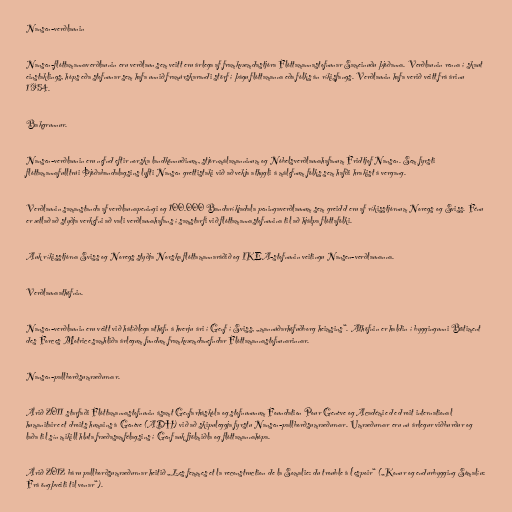
Nansen-verðlaunin

Nansen-flóttamannaverðlaunin eru verðlaun sem veitt eru árlega af framkvæmdastjóra Flóttamannastofnunar Sameinuðu þjóðanna. Verðlaunin renna í skaut
einstaklings, hóps eða stofnunar sem hafa unnið framúrskarandi störf í þágu flóttamanna eða fólks án ríkisfangs. Verðlaunin hafa verið veitt frá árinu
1954.

Bakgrunnur.

Nansen-verðlaunin eru nefnd eftir norska landkönnuðinum, stjórnmálamanninum og Nóbelsverðlaunahafanum Fridtjof Nansen. Sem fyrsti
flóttamannafulltrúi Þjóðabandalagsins lyfti Nansen grettistaki við að vekja athygli á málefnum fólks sem hafði hrakist á vergang.

Verðlaunin samanstanda af verðlaunapeningi og 100.000 Bandaríkjadala peningaverðlaunum sem greidd eru af ríkisstjórnum Noregs og Sviss. Fénu
er ætlað að styðja verkefni að vali verðlaunahafans í samstarfi við flóttamannastofnunina til að hjálpa flóttafólki.

Auk ríkisstjórna Sviss og Noregs styðja Norska flóttamannaráðið og IKEA-stofnunin veitingu Nansen-verðlaunanna.

Verðlaunaathöfnin.

Nansen-verðlaunin eru veitt við hátíðlega athöfn á hverju ári í Genf í Sviss, „mannúðarhöfuðborg heimsins“. Athöfnin er haldin í byggingunni Bâtiment
des Forces Motrice samhliða árlegum fundum framkvæmdanefndar Flóttamannastofnunarinnar.

Nansen-pallborðsumræðurnar.

Árið 2011 starfaði Flóttamannastofnunin ásamt Genfarháskóla og stofnununum Foundation Pour Genève og Académie de droit international
humanitaire et droits humains à Genève (ADH) við að skipuleggja fyrstu Nansen-pallborðsumræðurnar. Umræðurnar eru nú árlegur viðburður og
laða til sín mikill hluta fræðasamfélagsins í Genf auk fjölmiðla og flóttamannahópa.

Árið 2012 báru pallborðsumræðurnar heitið „Les femmes et la reconstruction de la Somalie: du trouble à l'espoir“ („Konur og endurbygging Sómalíu:
Frá öngþveiti til vonar“).